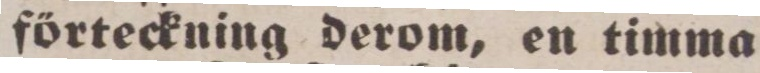
förteckning derom, en timma